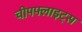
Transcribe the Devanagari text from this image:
चीपफ्लाइट्स